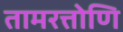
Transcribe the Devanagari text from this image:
तामरत्तोणि